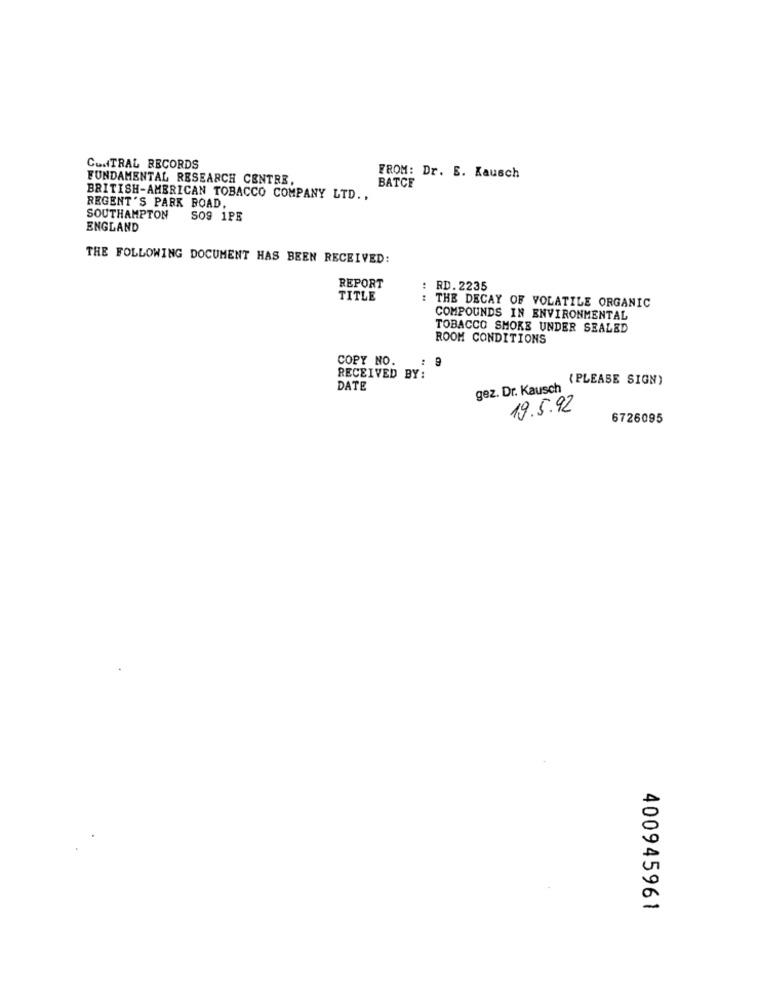
CONTRAL RECORDS
FUNDAMENTAL RESEARCH CENTRE,
FROM: Dr. E. Kausch
BATCE
BRITISH-AMERICAN TOBACCO COMPANY LTD .,
REGENT'S PARK ROAD,
SOUTHAMPTON
SO9 1PE
ENGLAND
THE FOLLOWING DOCUMENT HAS BEEN RECEIVED:
REPORT
: RD. 2235
TITLE
THE DECAY OF VOLATILE ORGANIC
COMPOUNDS IN ENVIRONMENTAL
TOBACCO SHORE UNDER SEALED
ROOM CONDITIONS
COPY NO.
RECEIVED BY:
(PLEASE SIGN)
DATE
gez. Dr. Kausch
19.5.92
6726095
400945961